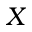
\boldsymbol { X }